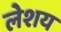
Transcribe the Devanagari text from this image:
लेशय